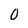
Character: 0